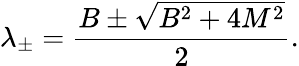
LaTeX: \lambda_{\pm}={\frac{B\pm{\sqrt{B^{2}+4M^{2}}}}{2}}{\mathrm{.}}